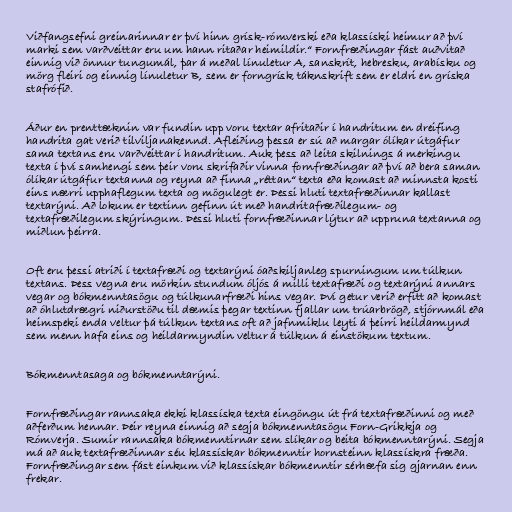
Viðfangsefni greinarinnar er því hinn grísk-rómverski eða klassíski heimur að því
marki sem varðveittar eru um hann ritaðar heimildir.“ Fornfræðingar fást auðvitað
einnig við önnur tungumál, þar á meðal línuletur A, sanskrít, hebresku, arabísku og
mörg fleiri og einnig línuletur B, sem er forngrísk táknskrift sem er eldri en gríska
stafrófið.

Áður en prenttæknin var fundin upp voru textar afritaðir í handritum en dreifing
handrita gat verið tilviljanakennd. Afleiðing þessa er sú að margar ólíkar útgáfur
sama textans eru varðveittar í handritum. Auk þess að leita skilnings á merkingu
texta í því samhengi sem þeir voru skrifaðir vinna fornfræðingar að því að bera saman
ólíkar útgáfur textanna og reyna að finna „réttan“ texta eða komast að minnsta kosti
eins nærri upphaflegum texta og mögulegt er. Þessi hluti textafræðinnar kallast
textarýni. Að lokum er textinn gefinn út með handritafræðilegum- og
textafræðilegum skýringum. Þessi hluti fornfræðinnar lýtur að uppruna textanna og
miðlun þeirra.

Oft eru þessi atriði í textafræði og textarýni óaðskiljanleg spurningum um túlkun
textans. Þess vegna eru mörkin stundum óljós á milli textafræði og textarýni annars
vegar og bókmenntasögu og túlkunarfræði hins vegar. Því getur verið erfitt að komast
að óhlutdrægri niðurstöðu til dæmis þegar textinn fjallar um trúarbrögð, stjórnmál eða
heimspeki enda veltur þá túlkun textans oft að jafnmiklu leyti á þeirri heildarmynd
sem menn hafa eins og heildarmyndin veltur á túlkun á einstökum textum.

Bókmenntasaga og bókmenntarýni.

Fornfræðingar rannsaka ekki klassíska texta eingöngu út frá textafræðinni og með
aðferðum hennar. Þeir reyna einnig að segja bókmenntasögu Forn-Grikkja og
Rómverja. Sumir rannsaka bókmenntirnar sem slíkar og beita bókmenntarýni. Segja
má að auk textafræðinnar séu klassískar bókmenntir hornsteinn klassískra fræða.
Fornfræðingar sem fást einkum við klassískar bókmenntir sérhæfa sig gjarnan enn
frekar.